65_HS1-834228961_62-HQ-83894_SUB_A
Agency: FBI
Page 47
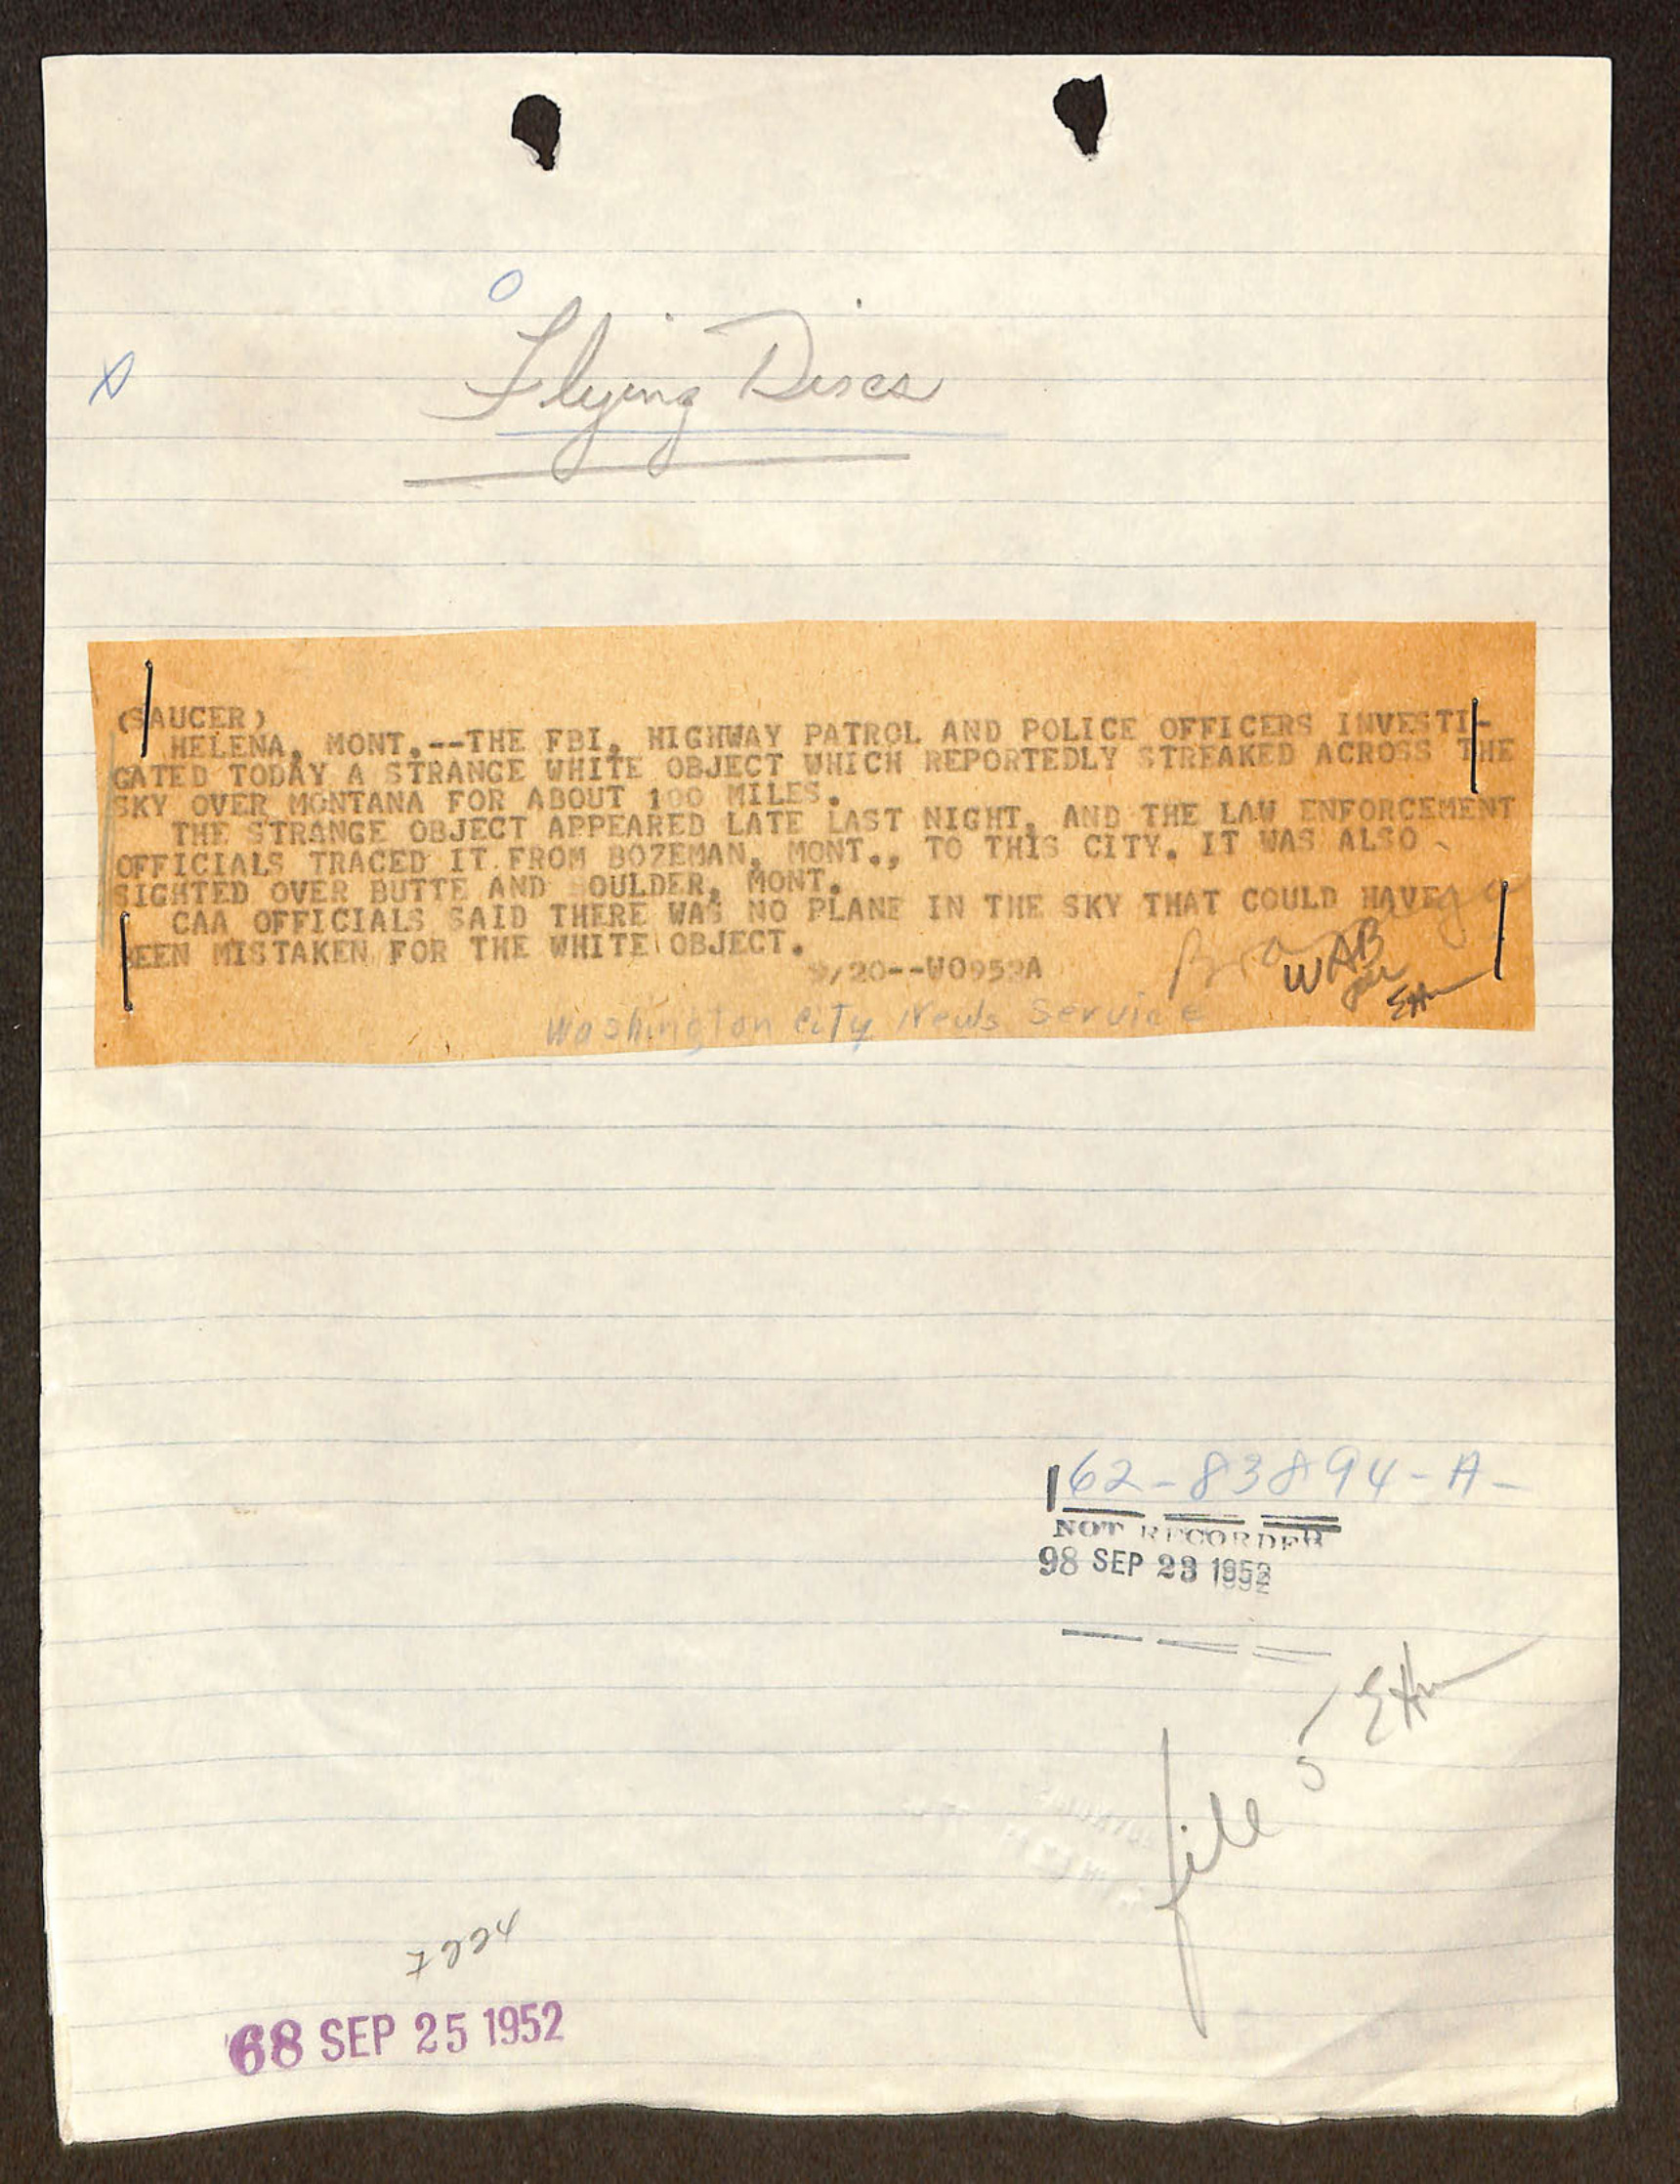